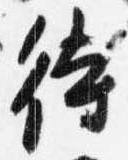
待